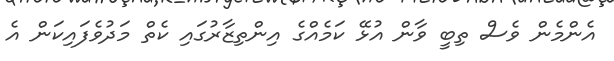
އެންމެން ވެސް ތިބީ ވާން އުޅޭ ކަމެއްގެ އިންތިޒާރުގައި ކެތް މަދުވެފައިކަން އެ